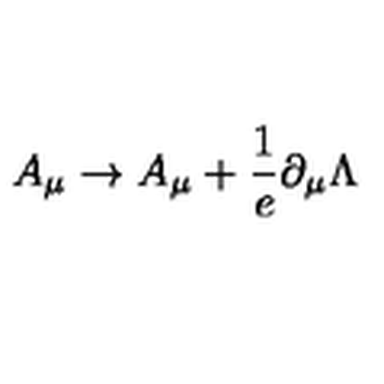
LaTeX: A _ { \mu } \to A _ { \mu } + \frac { 1 } { e } \partial _ { \mu } \Lambda